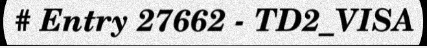
# Entry 27662 - TD2_VISA